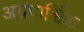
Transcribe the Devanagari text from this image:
अग्रपार्श्विक